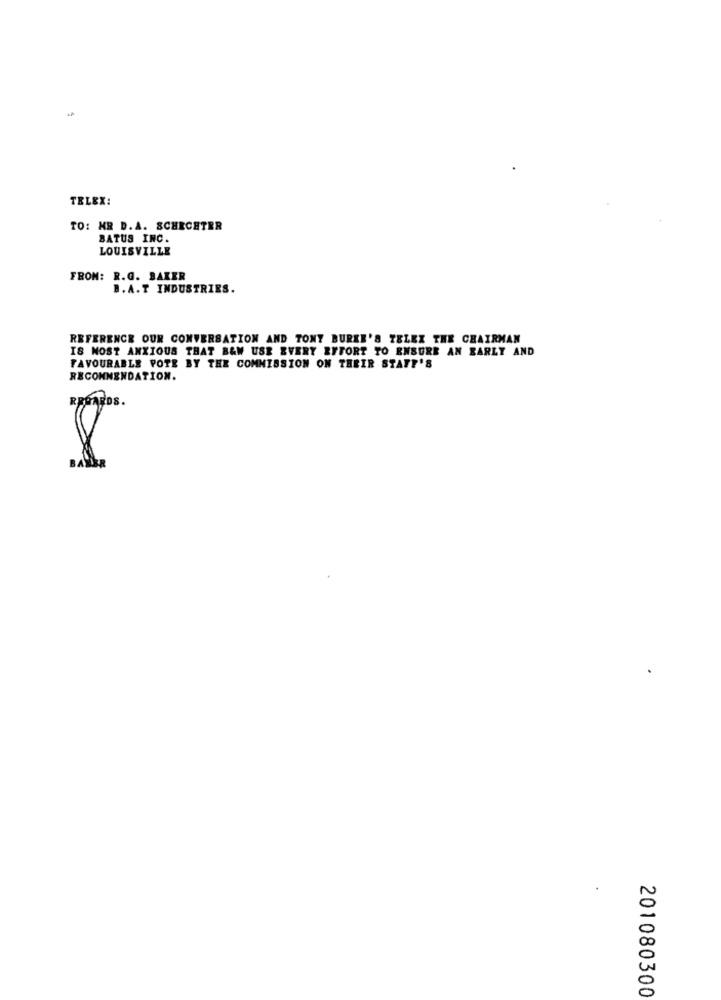
TELEX:
TO: MR D.A. SCHECHTER
BATUS INC.
LOUISVILLE
FROM: R.G. BAKER
B. A. T INDUSTRIES.
REFERENCE OUR CONVERSATION AND TONY BURKE'S TELEX THE CHAIRMAN
IS NOST ANXIOUS THAT B&W USE EVERY EFFORT TO ENSURE AN EARLY AND
FAVOURABLE POTE BY THE COMMISSION ON THEIR STAFF'S
RECOMMENDATION.
REGARDS.
8
201080300